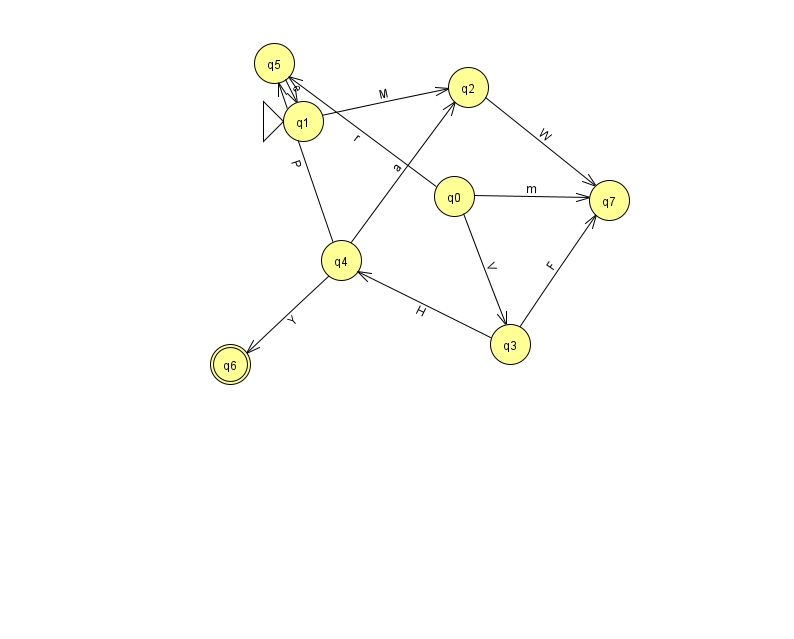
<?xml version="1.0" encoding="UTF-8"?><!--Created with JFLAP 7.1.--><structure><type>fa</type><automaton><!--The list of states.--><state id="0" name="q0"><x>454.0</x><y>183.0</y></state><state id="1" name="q1"><x>303.0</x><y>108.0</y><initial/></state><state id="2" name="q2"><x>468.0</x><y>74.0</y></state><state id="3" name="q3"><x>510.0</x><y>331.0</y></state><state id="4" name="q4"><x>341.0</x><y>247.0</y></state><state id="5" name="q5"><x>274.0</x><y>50.0</y></state><state id="6" name="q6"><x>230.0</x><y>351.0</y><final/></state><state id="7" name="q7"><x>609.0</x><y>187.0</y></state><!--The list of transitions.--><transition><from>0</from><to>7</to><read>m</read></transition><transition><from>4</from><to>2</to><read>a</read></transition><transition><from>0</from><to>5</to><read>r</read></transition><transition><from>3</from><to>4</to><read>H</read></transition><transition><from>5</from><to>1</to><read>e</read></transition><transition><from>4</from><to>5</to><read>P</read></transition><transition><from>3</from><to>7</to><read>F</read></transition><transition><from>0</from><to>3</to><read>V</read></transition><transition><from>4</from><to>6</to><read>Y</read></transition><transition><from>2</from><to>7</to><read>W</read></transition><transition><from>1</from><to>2</to><read>M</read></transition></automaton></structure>